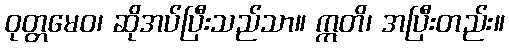
ဝုတ္တမေဝ၊ ဆိုအပ်ပြီးသည်သာ။ ဣတိ၊ အပြီးတည်း။